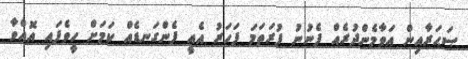
ޞަޙަރާއިން އަވާމެންދުރެއް ފެނުނު ފުރަތަމަ ފަހަރު އެއީ ފެންގަނޑެއް ކަމަށް ހީވެފައި އޮއްވާ